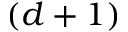
( d + 1 )